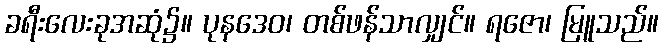
ခရီးလေးခုအဆုံ၌။ ပုနဒေဝ၊ တစ်ဖန်သာလျှင်။ ရဇော၊ မြူသည်။